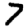
Digit: 7